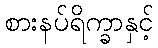
စားနပ်ရိက္ခာနှင့်